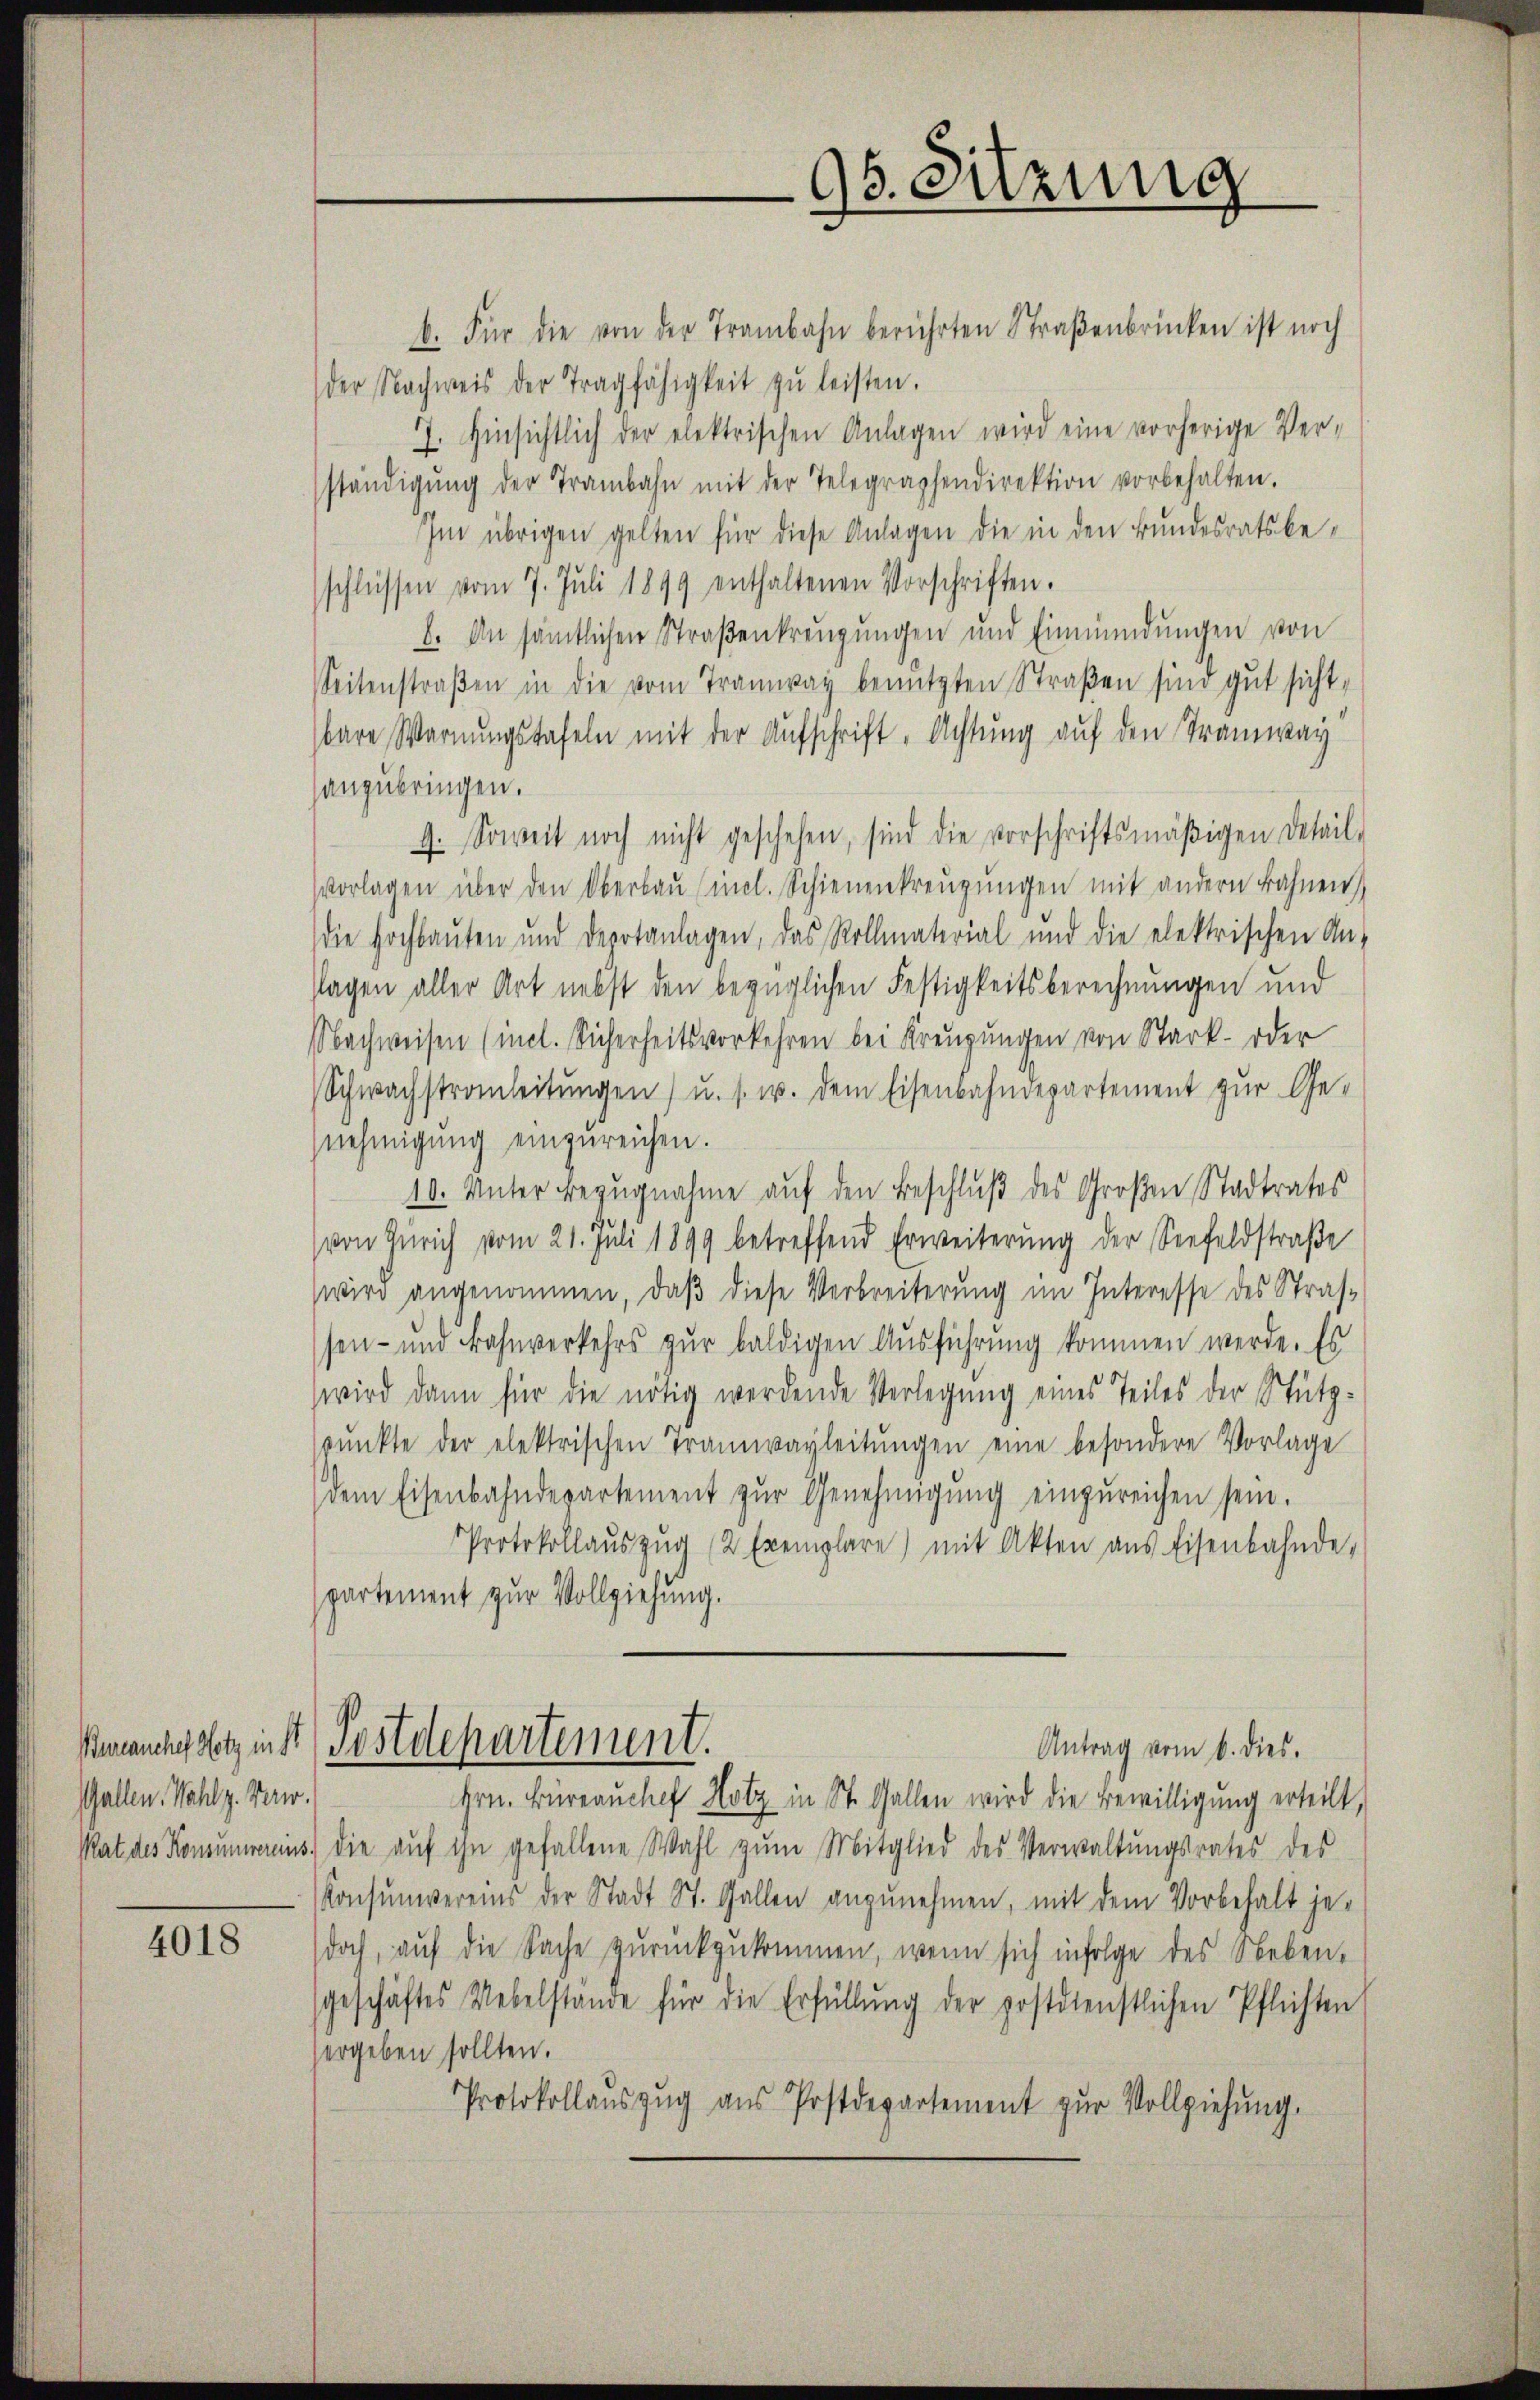
Bureanchef Hotz in St
Gallen. Wahlz. Verw.

4018

b. Für die von der Trambahn berührten Straßenbrücken ist noch
der Nachweis der Tragfähigkeit zŭ leisten.
7. Hinsichtlich der elektrischen Anlagen wird eine vorherige Ver-
ständigŭng der Trambahn mit der Telegraphendirektion vorbehalten.
Im übrigen gelten für diese Anlagen die in den Bundesratsbeschlüssen vom 7. Juli 1899 enthaltenen Vorschriften.
8. An sämtlichen Straßenkreuzungen und Einmündungen von
Seitenstraßen in die vom Tramway benützten Straßen sind gut sicht,
bare Warnungstafeln mit der Aufschrift. Achtung auf den Tramway
anzubringen.
9. Soweit noch nicht geschehen, sind die vorschriftsmäβigen Detail-
vorlagen über den Oberbaŭ incl. Schienenkreŭgŭngen mit andern Bahnen
die Hochbauten und depotanlagen, das Rollmaterial und die elektrischen An-
slagen aller Art nebst den bezüglichen Festigkeitsberechnungen und
Nachweisen (incl. Sicherheits vorkehren bei Kreuzungen von Stark- oder
Schwachstrauleitungen) u. s. w. dem Eisenbahndepartement zur Ge-
nehmigung einzureichen.
10. Unter Bezŭgnahme aŭf den Beschlŭβ des Großen Stadtrates
von Zürich vom 21. Juli 1899 betreffend Erweiterung der Seefeldstraße
wird angenommen, daß diese Verbreiterung im Interesse des Straf-
sen- und Bahnverkehrs zŭr baldigen Aŭsführung kommen werde. Es
wird dann für die nötig werdende Verlegung eines Teiles der Stütz-
pŭnkte der elektrischen Tramwayleitŭngen eine besondere Vorlage
dem Eisenbahndepartement zŭr Genehmigŭng einzŭreichen sein.
Protokollaŭszŭg (2 Exemplare) mit Akten aus Eisenbahnde-
partement zur Vollziehung.
Pestdepartement.
Antrag vom 6. dies
Hrn. Büreaŭchef Hotz in St. Gallen wird die Bewilligung erteilt,
Rat des Konsummeraus, die aŭf ihn gefallene Wahl zŭm Mitglied des Verwaltŭngsrates des
Konsumvereins der Stadt St. Gallen anzunehmen, mit dem Vorbehalt je-
doch, auf die Sache zurückzukommen, wenn sich infolge des Neben-
geschäftes Uebelstande für die Erfüllung der postdienstlichen Pflichten
ergeben sollten.
Protokollaŭszŭg aŭs Postdepartement zŭr Vollziehŭng.

95. Sitzung